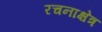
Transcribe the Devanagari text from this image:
रचनाक्षेत्र